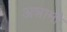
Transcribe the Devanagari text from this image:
अन्नामी